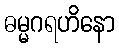
ဓမ္မဂရဟိနော